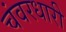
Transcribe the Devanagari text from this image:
चंवरधारी